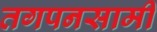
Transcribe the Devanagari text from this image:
तगपनसामी